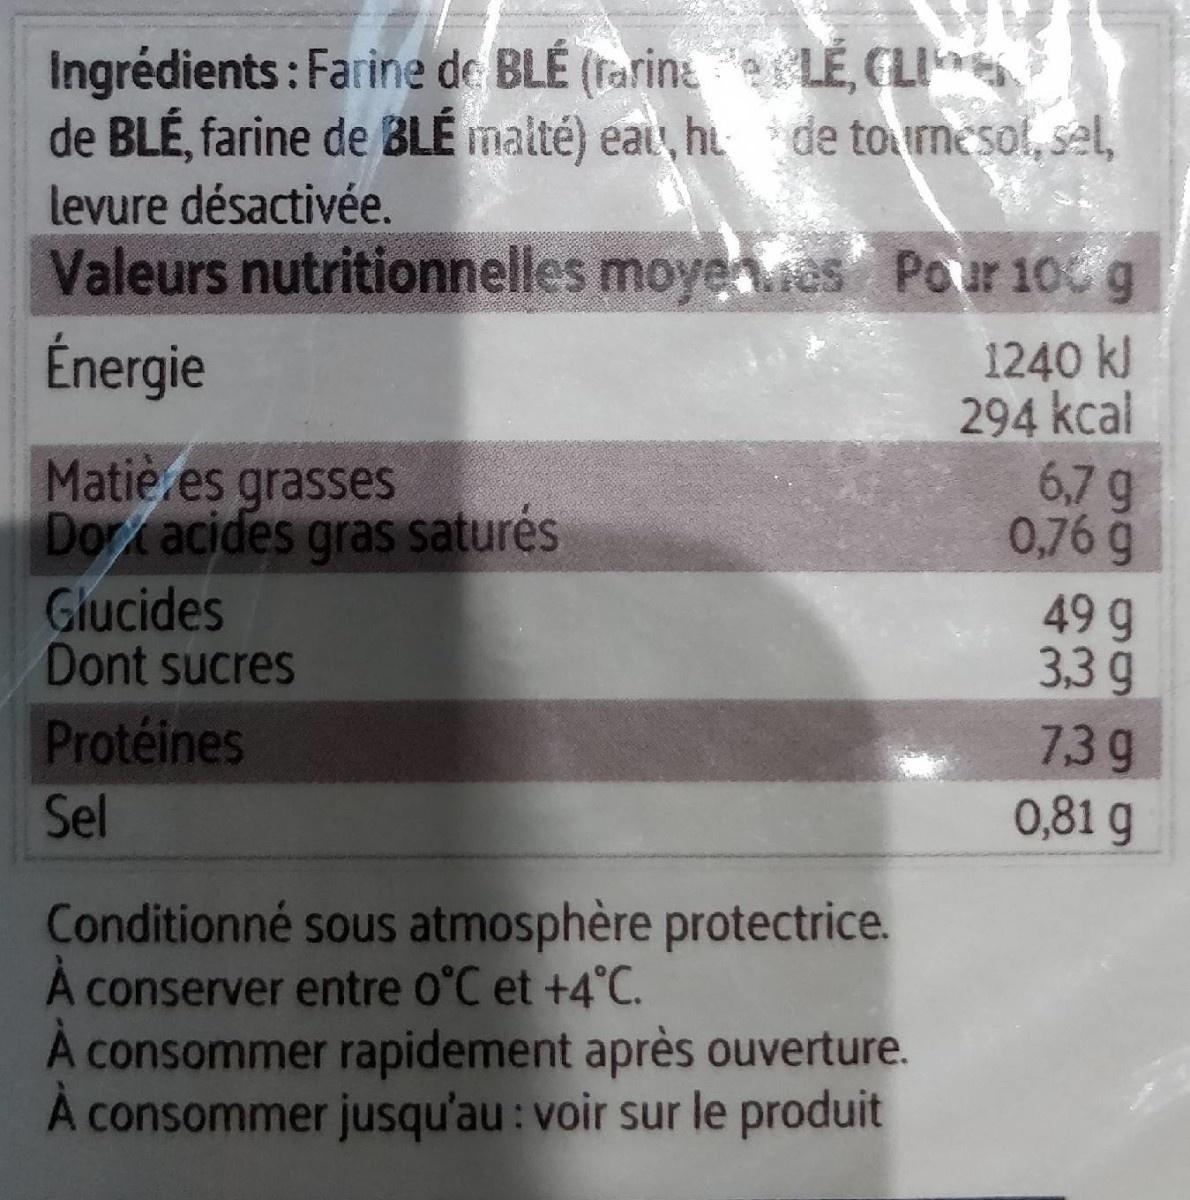
Ingrédients: Farine de BLÉ (rarina LÉ, CLI de BLÉ, farine de BLÉ malté) eai, hi de toumesol, sel, levure désactivée.
Valeurs nutritionnelles moyenMes Pour 10 g 1240 kl 294 kcal 6,7 g 0,76 g
Énergie
Matiè es grasses Dortacides gras saturés
Glucides Dont sucres
49 g 3,3 g
Protéines
739
Sel
0,81 g
Conditionné sous atmosphère protectrice. conserver entre 0°C et +4°C. A consommer rapidement après ouverture. A consommer jusqu'au: voir sur le produit